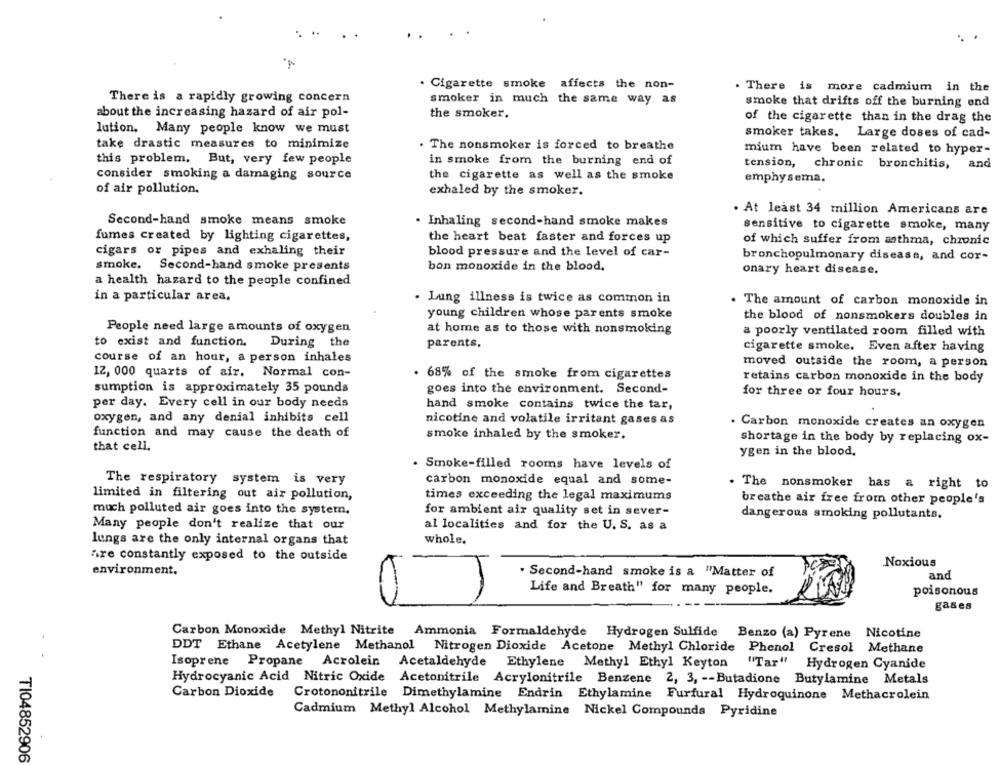
. Cigarette smoke affects the non-
There is more cadmium in the
There is a rapidly growing concern
smoker in much the same way as
smoke that drifts off the burning end
about the increasing hazard of air pol-
the smoker.
of the cigarette than in the drag the
lution. Many people know we must
smoker takes. Large doses of cad-
take drastic measures to minimize
. The nonsmoker is forced to breathe
mium have been related to hyper-
this problem, But, very few people
in smoke from the burning end of
tension,
chronic bronchitis,
and
consider smoking a damaging source
the cigarette as well as the smoke
emphysema,
of air pollution.
exhaled by the smoker.
. At least 34 million Americans are
Second-hand smoke means smoke
· Inhaling second-hand smoke makes
sensitive to cigarette smoke, many
fumes created by lighting cigarettes,
the heart beat faster and forces up
of which suffer from asthma, chronic
cigars or pipes and exhaling their
blood pressure and the level of car-
bronchopulmonary disease, and cor-
smoke. Second-hand smoke presents
bon monoxide in the blood.
onary heart disease.
a health hazard to the people confined
in a particular area,
- Lung illness is twice as common in
. The amount of carbon monoxide in
young children whose parents smoke
the blood of nonsmokers doubles in
People need large amounts of oxygen
at home as to those with nonsmoking
a poorly ventilated room filled with
to exist and function.
During the
parents.
cigarette smoke. Even after having
course of an hour, a person inhales
moved outside the room, a person
12, 000 quarts of air. Normal con-
. 68% of the smoke from cigarettes
retains carbon monoxide in the body
sumption is approximately 35 pounds
goes into the environment. Second-
for three or four hours,
per day. Every cell in our body needs
hand smoke contains twice the tar,
oxygen, and any denial inhibits cell
nicotine and volatile irritant gases as
. Carbon monoxide creates an oxygen
function and may cause the death of
smoke inhaled by the smoker.
shortage in the body by replacing ox-
that cell.
ygen in the blood,
. Smoke-filled rooms have levels of
The respiratory system is very
carbon monoxide equal and some-
. The nonsmoker has a right to
limited in filtering out air pollution,
times exceeding the legal maximums
breathe air free from other people's
much polluted air goes into the system,
for ambient air quality set in sever-
dangerous smoking pollutants.
Many people don't realize that our
al localities and for the U. S. as a
lungs are the only internal organs that
whole.
hre constantly exposed to the outside
Noxious
environment.
. Second-hand smoke is a "Matter of
and
Life and Breath" for many people.
poisonous
gases
Carbon Monoxide Methyl Nitrite
Ammonia Formaldehyde Hydrogen Sulfide Benzo (a) Pyrene Nicotine
DDT Ethane Acetylene Methanol Nitrogen Dioxide Acetone Methyl Chloride Phenol Cresol Methane
Isoprene Propane Acrolein
Acetaldehyde Ethylene Methyl Ethyl Keyton
"Tar "
Hydrogen Cyanide
Hydrocyanic Acid Nitric Oxide Acetonitrile Acrylonitrile Benzene 2, 3, -- Butadione Butylamine Metals
Carbon Dioxide
Crotononitrile Dimethylamine Endrin Ethylamine Furfural Hydroquinone Methacrolein
Cadmium Methyl Alcohol Methylamine Nickel Compounds Pyridine
TI04852906